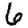
Digit: 6